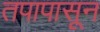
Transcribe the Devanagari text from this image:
तपापासून